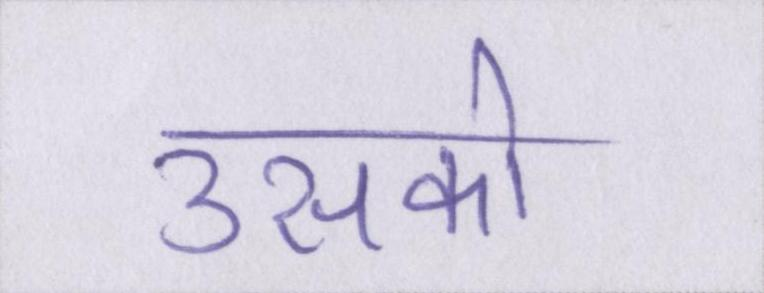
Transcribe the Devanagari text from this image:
उसको